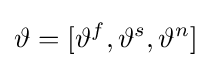
\mathbf {\vartheta } =[\vartheta ^{f},\vartheta ^{s},\vartheta ^{n}]